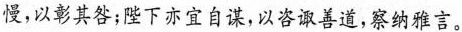
慢，以彰其咎；陛下亦宜自谋，以咨诹善道，察纳雅言。